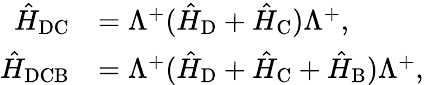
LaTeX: \begin{array}{rl}{\hat{H}_{\textrm{DC}}}&{=\Lambda^{+}(\hat{H}_{\textrm{D}}+\hat{H}_{\textrm{C}})\Lambda^{+},}\\ {\hat{H}_{\textrm{DCB}}}&{=\Lambda^{+}(\hat{H}_{\textrm{D}}+\hat{H}_{\textrm{C}}+\hat{H}_{\textrm{B}})\Lambda^{+},}\end{array}